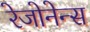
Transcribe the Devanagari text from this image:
रेजोनेन्स